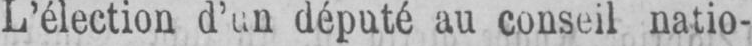
L’élection d’un député au conseil natio-